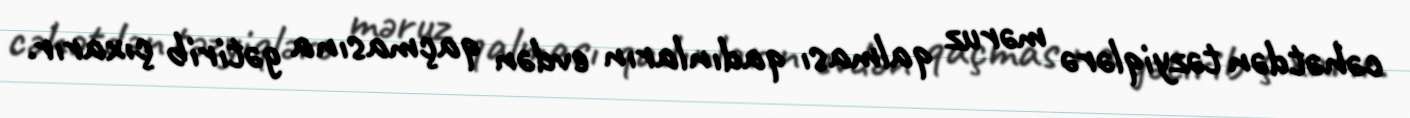
cəhətdən təzyiqlərə məruz qalması qadınların evdən qaçmasına gətirib çıxarır.